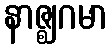
နာဇ္ဈဂမာ